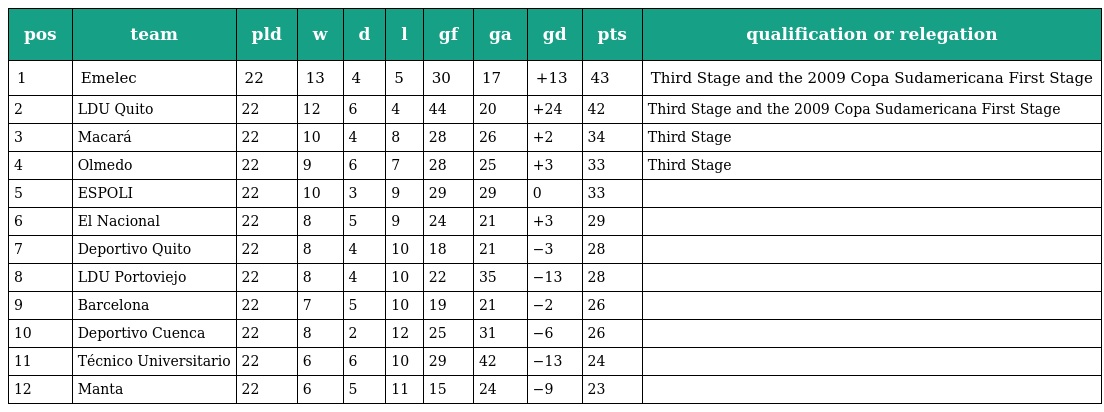
| pos | team | pld | w | d | l | gf | ga | gd | pts | qualification or relegation |
 | --- | --- | --- | --- | --- | --- | --- | --- | --- | --- | --- |
 | 1 | Emelec | 22 | 13 | 4 | 5 | 30 | 17 | +13 | 43 | Third Stage and the 2009 Copa Sudamericana First Stage |
 | 2 | LDU Quito | 22 | 12 | 6 | 4 | 44 | 20 | +24 | 42 | Third Stage and the 2009 Copa Sudamericana First Stage |
 | 3 | Macará | 22 | 10 | 4 | 8 | 28 | 26 | +2 | 34 | Third Stage |
 | 4 | Olmedo | 22 | 9 | 6 | 7 | 28 | 25 | +3 | 33 | Third Stage |
 | 5 | ESPOLI | 22 | 10 | 3 | 9 | 29 | 29 | 0 | 33 |  |
 | 6 | El Nacional | 22 | 8 | 5 | 9 | 24 | 21 | +3 | 29 |  |
 | 7 | Deportivo Quito | 22 | 8 | 4 | 10 | 18 | 21 | −3 | 28 |  |
 | 8 | LDU Portoviejo | 22 | 8 | 4 | 10 | 22 | 35 | −13 | 28 |  |
 | 9 | Barcelona | 22 | 7 | 5 | 10 | 19 | 21 | −2 | 26 |  |
 | 10 | Deportivo Cuenca | 22 | 8 | 2 | 12 | 25 | 31 | −6 | 26 |  |
 | 11 | Técnico Universitario | 22 | 6 | 6 | 10 | 29 | 42 | −13 | 24 |  |
 | 12 | Manta | 22 | 6 | 5 | 11 | 15 | 24 | −9 | 23 |  |